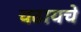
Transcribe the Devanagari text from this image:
चढायचे